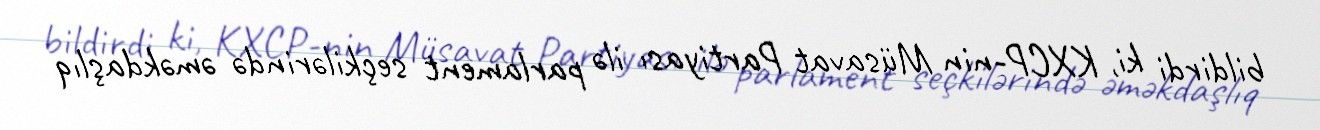
bildirdi ki, KXCP-nin Müsavat Partiyası ilə parlament seçkilərində əməkdaşlıq